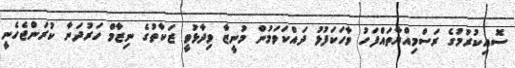
ސޮއިކުރުމުގެ ރަސްމިއްޔާތައްފަހު ވާހަކަފުޅު ދައްކަވަމުން މުނީޒާ ވިދާޅުވީ ޒަކާތުގެ ނިޒާމް ހަރުދަނާ ކުރަންޖެހެނީ